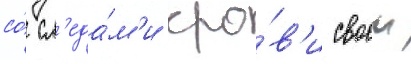
со́ сл'еда́м'и кро́в'и своеи